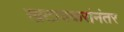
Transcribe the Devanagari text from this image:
खटावकरांनंतर